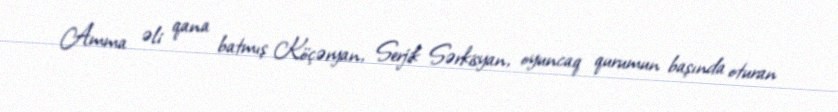
Amma əli qana batmış Köçəryan, Serjik Sərkisyan, oyuncaq qurumun başında oturan